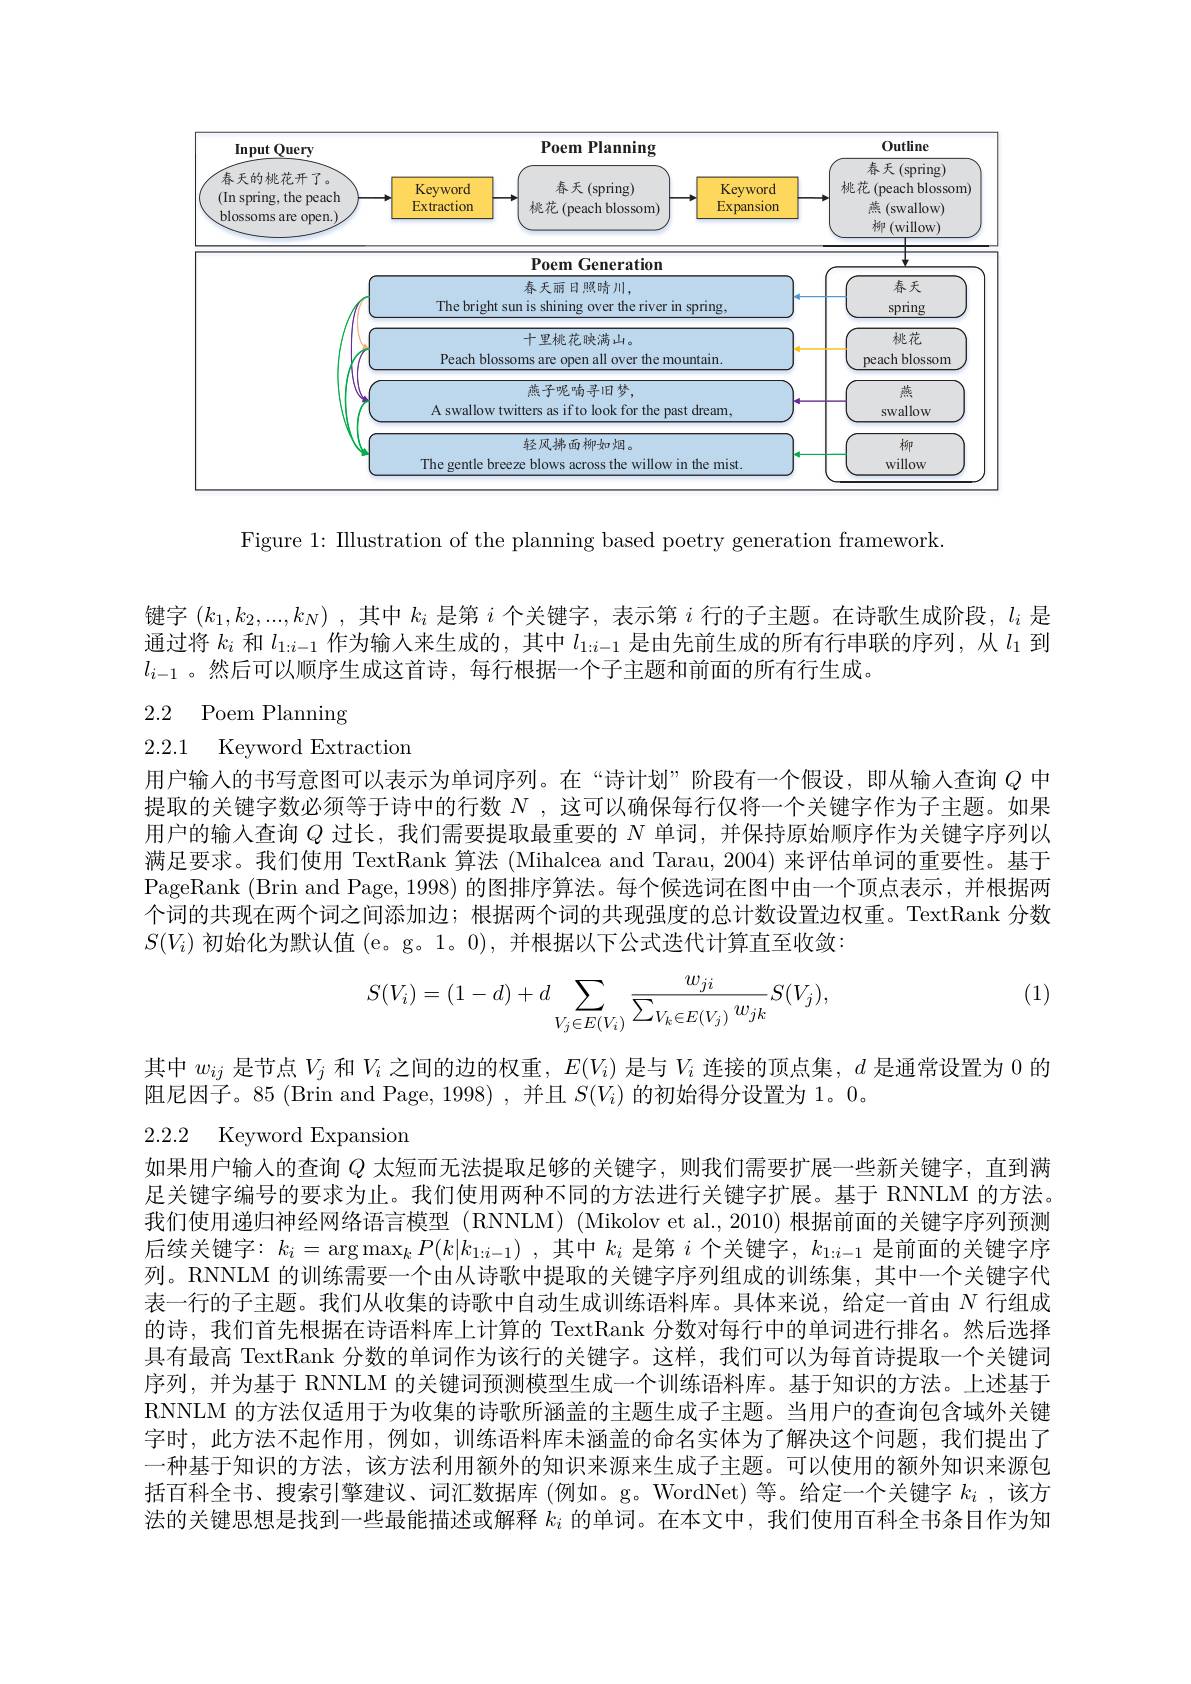
<FigureHere>

Figure 1: Illustration of the planning based poetry generation framework.

键字$( k_{1}, k_{2}, . . . , k_{N})$ ,其中$k_{i}$是第$i$个关键字，表示第$i$行的子主题。在诗歌生成阶段，$l_i$是通过将$k_i$和$l_1:i-1$作为输入来生成的，其中$l_1:i-1$是由先前生成的所有行串联的序列，从$l_1$到$l_{i-1}$ 。然后可以顺序生成这首诗，每行根据一个子主题和前面的所有行生成。

# 2.2 Poem Planning
2.2.1 Keyword Extraction

用户输入的书写意图可以表示为单词序列。在“诗计划”阶段有一个假设，即从输入查询$Q$中提取的关键字数必须等于诗中的行数$N$ ,这可以确保每行仅将一个关键字作为子主题。如果用户的输入查询$Q$过长，我们需要提取最重要的$N$单词，并保持原始顺序作为关键字序列以满足要求。我们使用 TextRank 算法 (Mihalcea and Tarau, 2004) 来评估单词的重要性。基于PageRank (Brin and Page, 1998) 的图排序算法。每个候选词在图中由一个顶点表示，并根据两个词的共现在两个词之间添加边；根据两个词的共现强度的总计数设置边权重。TextRank 分数$S(V_i)$初始化为默认值(e。g。1。0),并根据以下公式迭代计算直至收敛：

(1)
$$\begin{aligned}S(V_i)=(1-d)+d\sum_{V_j\in E(V_i)}\frac{w_{ji}}{\sum_{V_k\in E(V_j)}w_{jk}}S(V_j),\end{aligned}$$
其中$w_ij$是节点$V_j$和$V_i$之间的边的权重，$E(V_i)$是与$V_i$连接的顶点集，$d$是通常设置为 0 的
阻尼因子。85 (Brin and Page, 1998) , 并且$S(V_i)$的初始得分设置为 1。0。

2.2.2 Keyword Expansion

如果用户输入的查询$Q$太短而无法提取足够的关键字，则我们需要扩展一些新关键字，直到满足关键字编号的要求为止。我们使用两种不同的方法进行关键字扩展。基于 RNNLM 的方法。我们使用递归神经网络语言模型 (RNNLM) (Mikolov et al., 2010) 根据前面的关键字序列预测后续关键字：$k_i=\arg\max_kP(k|k_{1:i-1})$,其中$k_i$ 是第$i$个关键字，$k_1:i-1$ 是前面的关键字序列。RNNLM 的训练需要一个由从诗歌中提取的关键字序列组成的训练集，其中一个关键字代表一行的子主题。我们从收集的诗歌中自动生成训练语料库。具体来说，给定一首由$N$行组成的诗，我们首先根据在诗语料库上计算的 TextRank 分数对每行中的单词进行排名。然后选择具有最高 TextRank 分数的单词作为该行的关键字。这样，我们可以为每首诗提取一个关键词序列，并为基于 RNNLM 的关键词预测模型生成一个训练语料库。基于知识的方法。上述基于RNNLM 的方法仅适用于为收集的诗歌所涵盖的主题生成子主题。当用户的查询包含域外关键字时，此方法不起作用，例如，训练语料库未涵盖的命名实体为了解决这个问题，我们提出了一种基于知识的方法，该方法利用额外的知识来源来生成子主题。可以使用的额外知识来源包括百科全书、搜索引擎建议、词汇数据库 (例如。g。WordNet)等。给定一个关键字$k_i$ , 该方法的关键思想是找到一些最能描述或解释$k_i$的单词。在本文中，我们使用百科全书条目作为知